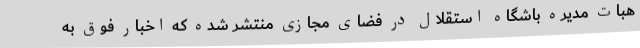
هبات مدیره باشگاه استقلال در فضای مجازی منتشر شده که اخبار فوق به